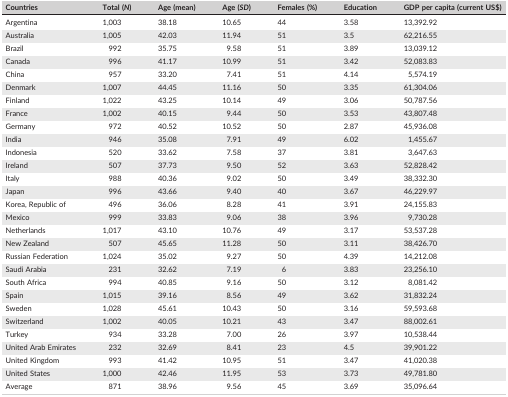
<table><thead><tr><td><b>Countries</b></td><td><b>Total (<i>N</i>)</b></td><td><b>Age (mean)</b></td><td><b>Age (<i>SD</i>)</b></td><td><b>Females (%)</b></td><td><b>Education</b></td><td><b>GDP per capita (current US$)</b></td></tr></thead><tbody><tr><td>Argentina</td><td>1,003</td><td>38.18</td><td>10.65</td><td>44</td><td>3.58</td><td>13,392.92</td></tr><tr><td>Australia</td><td>1,005</td><td>42.03</td><td>11.94</td><td>51</td><td>3.5</td><td>62,216.55</td></tr><tr><td>Brazil</td><td>992</td><td>35.75</td><td>9.58</td><td>51</td><td>3.89</td><td>13,039.12</td></tr><tr><td>Canada</td><td>996</td><td>41.17</td><td>10.99</td><td>51</td><td>3.42</td><td>52,083.83</td></tr><tr><td>China</td><td>957</td><td>33.20</td><td>7.41</td><td>51</td><td>4.14</td><td>5,574.19</td></tr><tr><td>Denmark</td><td>1,007</td><td>44.45</td><td>11.16</td><td>50</td><td>3.35</td><td>61,304.06</td></tr><tr><td>Finland</td><td>1,022</td><td>43.25</td><td>10.14</td><td>49</td><td>3.06</td><td>50,787.56</td></tr><tr><td>France</td><td>1,002</td><td>40.15</td><td>9.44</td><td>50</td><td>3.53</td><td>43,807.48</td></tr><tr><td>Germany</td><td>972</td><td>40.52</td><td>10.52</td><td>50</td><td>2.87</td><td>45,936.08</td></tr><tr><td>India</td><td>946</td><td>35.08</td><td>7.91</td><td>49</td><td>6.02</td><td>1,455.67</td></tr><tr><td>Indonesia</td><td>520</td><td>33.62</td><td>7.58</td><td>37</td><td>3.81</td><td>3,647.63</td></tr><tr><td>Ireland</td><td>507</td><td>37.73</td><td>9.50</td><td>52</td><td>3.63</td><td>52,828.42</td></tr><tr><td>Italy</td><td>988</td><td>40.36</td><td>9.02</td><td>50</td><td>3.49</td><td>38,332.30</td></tr><tr><td>Japan</td><td>996</td><td>43.66</td><td>9.40</td><td>40</td><td>3.67</td><td>46,229.97</td></tr><tr><td>Korea, Republic of</td><td>496</td><td>36.06</td><td>8.28</td><td>41</td><td>3.91</td><td>24,155.83</td></tr><tr><td>Mexico</td><td>999</td><td>33.83</td><td>9.06</td><td>38</td><td>3.96</td><td>9,730.28</td></tr><tr><td>Netherlands</td><td>1,017</td><td>43.10</td><td>10.76</td><td>49</td><td>3.17</td><td>53,537.28</td></tr><tr><td>New Zealand</td><td>507</td><td>45.65</td><td>11.28</td><td>50</td><td>3.11</td><td>38,426.70</td></tr><tr><td>Russian Federation</td><td>1,024</td><td>35.02</td><td>9.27</td><td>50</td><td>4.39</td><td>14,212.08</td></tr><tr><td>Saudi Arabia</td><td>231</td><td>32.62</td><td>7.19</td><td>6</td><td>3.83</td><td>23,256.10</td></tr><tr><td>South Africa</td><td>994</td><td>40.85</td><td>9.16</td><td>50</td><td>3.12</td><td>8,081.42</td></tr><tr><td>Spain</td><td>1,015</td><td>39.16</td><td>8.56</td><td>49</td><td>3.62</td><td>31,832.24</td></tr><tr><td>Sweden</td><td>1,028</td><td>45.61</td><td>10.43</td><td>50</td><td>3.16</td><td>59,593.68</td></tr><tr><td>Switzerland</td><td>1,002</td><td>40.05</td><td>10.21</td><td>43</td><td>3.47</td><td>88,002.61</td></tr><tr><td>Turkey</td><td>934</td><td>33.28</td><td>7.00</td><td>26</td><td>3.97</td><td>10,538.44</td></tr><tr><td>United Arab Emirates</td><td>232</td><td>32.69</td><td>8.41</td><td>23</td><td>4.5</td><td>39,901.22</td></tr><tr><td>United Kingdom</td><td>993</td><td>41.42</td><td>10.95</td><td>51</td><td>3.47</td><td>41,020.38</td></tr><tr><td>United States</td><td>1,000</td><td>42.46</td><td>11.95</td><td>53</td><td>3.73</td><td>49,781.80</td></tr><tr><td>Average</td><td>871</td><td>38.96</td><td>9.56</td><td>45</td><td>3.69</td><td>35,096.64</td></tr></tbody></table>